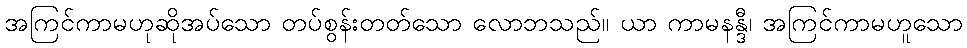
အကြင်ကာမဟုဆိုအပ်သော တပ်စွန်းတတ်သော လောဘသည်။ ယာ ကာမနန္ဒီ၊ အကြင်ကာမဟူသော